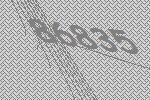
86835